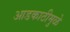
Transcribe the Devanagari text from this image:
आडकाठीमुळे